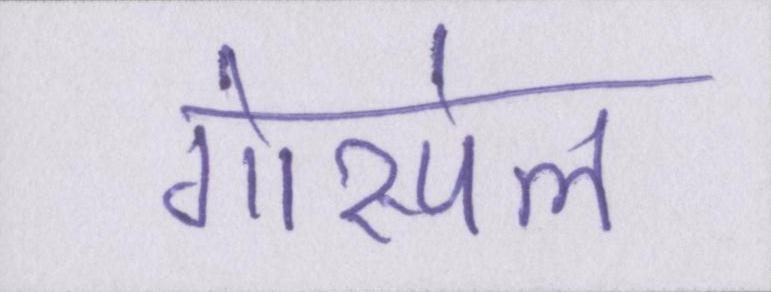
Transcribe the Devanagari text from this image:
गोस्पेल